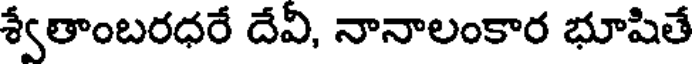
శ్వేతాంబరధరే దేవి, నానాలంకార భూషితే